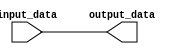
module register (
    input wire input_data,
    output reg output_data
);

always @ (input_data) begin
    output_data <= input_data;
end

endmodule